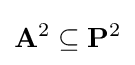
\mathbf {A} ^{2}\subseteq \mathbf {P} ^{2}